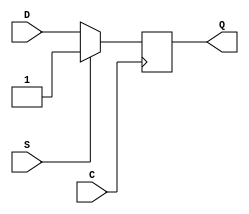
// $Header: /devl/xcs/repo/env/Databases/CAEInterfaces/xec_libs/data/unisims/FDS_1.v,v 1.1 2005/05/10 01:20:03 wloo Exp $

/*

FUNCTION	: D-FLIP-FLOP with sync set

*/

`celldefine
`timescale  100 ps / 10 ps

module FDS_1 (Q, C, D, S);

    parameter INIT = 1'b1;

    output Q;
    reg    Q;

    input  C, D, S;

	always @(negedge C)
	    if (S)
		Q <= 1;
	    else
		Q <= D;

endmodule